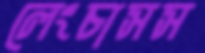
লেংচাসস